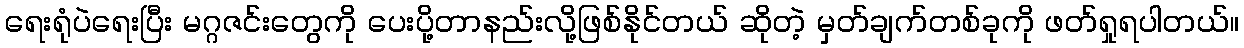
ရေးရုံပဲရေးပြီး မဂ္ဂဇင်းတွေကို ပေးပို့တာနည်းလို့ဖြစ်နိုင်တယ် ဆိုတဲ့ မှတ်ချက်တစ်ခုကို ဖတ်ရှုရပါတယ်။